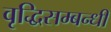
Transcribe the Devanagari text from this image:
वृद्धिसम्बन्धी